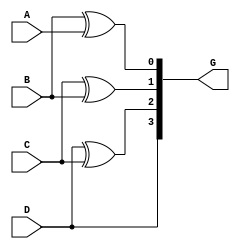
//////////////////////////////////////////////////////////////////////////////////
// Design Name: Binary to Gray code converter
//////////////////////////////////////////////////////////////////////////////////
`timescale 1ns / 1ps


module Bin_Gray(A,B,C,D,G);
    input  wire A;
    input  wire B;
    input  wire C;
    input  wire D;
    output wire [3:0] G;


    assign G[3] = D;
    assign G[2] = D ^ C;
    assign G[1] = C ^ B;
    assign G[0] = B ^ A;

endmodule